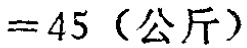
$=45 \text{（公斤）}$